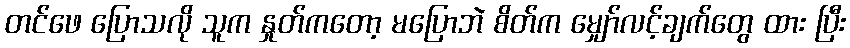
တင်ဖေ ပြောသလို သူက နှုတ်ကတော့ မပြောဘဲ စိတ်က မျှော်လင့်ချက်တွေ ထား ပြီး